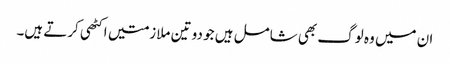
ان میں وہ لوگ بھی شامل ہیں جو دو تین ملازمتیں اکٹھی کرتے ہیں۔